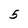
Character: 5